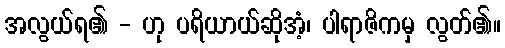
အလွယ်ရ၏ - ဟု ပရိယာယ်ဆိုအံ့၊ ပါရာဇိကမှ လွတ်၏။